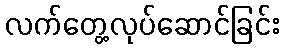
လက်တွေ့လုပ်ဆောင်ခြင်း